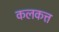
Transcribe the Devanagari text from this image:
कलकत्त